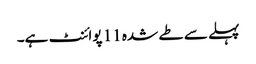
پہلے سے طے شدہ 11 پوائنٹ ہے۔